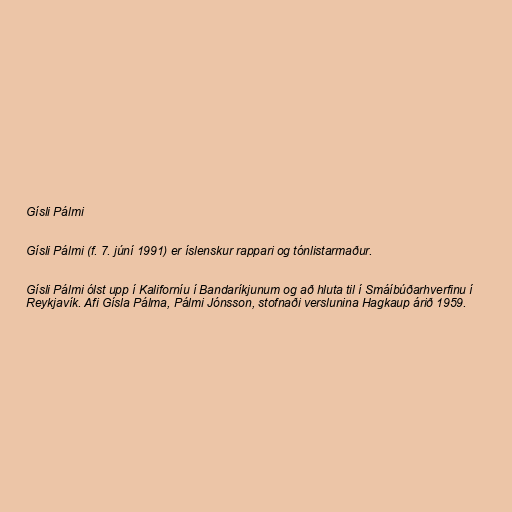
Gísli Pálmi

Gísli Pálmi (f. 7. júní 1991) er íslenskur rappari og tónlistarmaður.

Gísli Pálmi ólst upp í Kaliforníu í Bandaríkjunum og að hluta til í Smáíbúðarhverfinu í
Reykjavík. Afi Gísla Pálma, Pálmi Jónsson, stofnaði verslunina Hagkaup árið 1959.